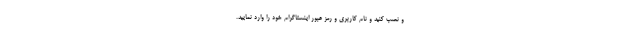
و نصب کنید و نام کاربری و رمز عبور اینستاگرام خود را وارد نمایید.